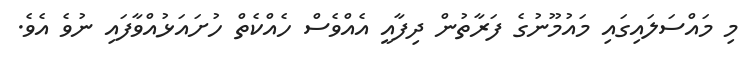
މި މައްސަލައިގައި މައުމޫނުގެ ފަރާތުން ދިފާއީ އެއްވެސް ހެއްކެތް ހުށައަޅުއްވާފައި ނުވެ އެވެ.